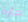
حارة